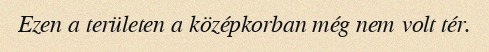
Ezen a területen a középkorban még nem volt tér.